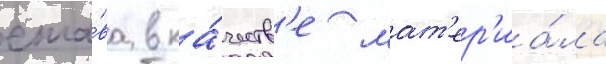
спла́ва в ка́честв'е мат'ер'иа́ла